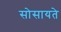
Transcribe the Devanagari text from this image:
सोसायते